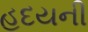
હદયની